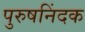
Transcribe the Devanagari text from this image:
पुरुषनिंदक